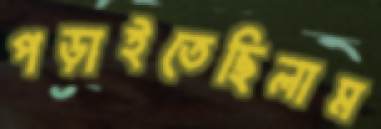
পড়াইতেছিলাম